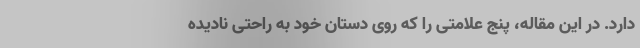
دارد. در این مقاله، پنج علامتی را که روی دستان خود به راحتی نادیده